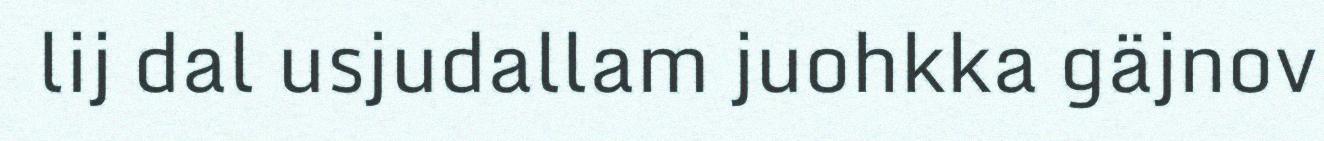
lij dal usjudallam juohkka gäjnov